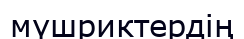
мүшриктердің